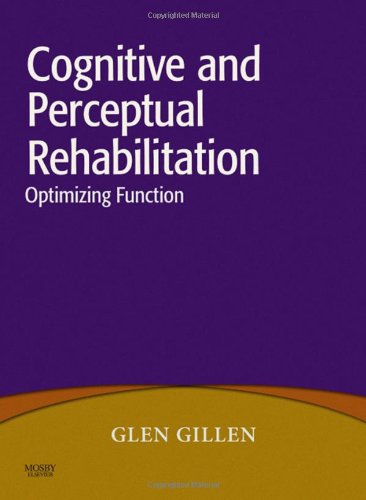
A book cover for Cognitive and Perceptual Rehabilitation: Optimizing Function, 1e; Glen Gillen EdD  OTR  FAOTA; Health, Fitness & Dieting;